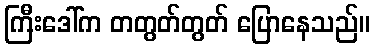
ကြီးဒေါ်က တတွတ်တွတ် ပြောနေသည်။